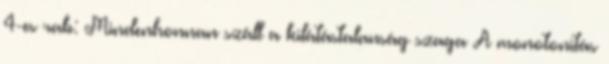
4-es rab: Mindenhonnan száll a kilátástalanság szaga A monotonitás